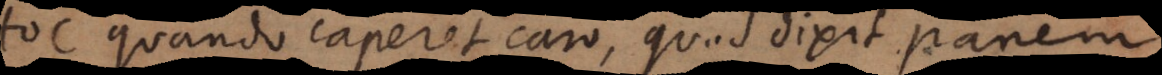
Hoc quando caperet caro, quod dixit panem